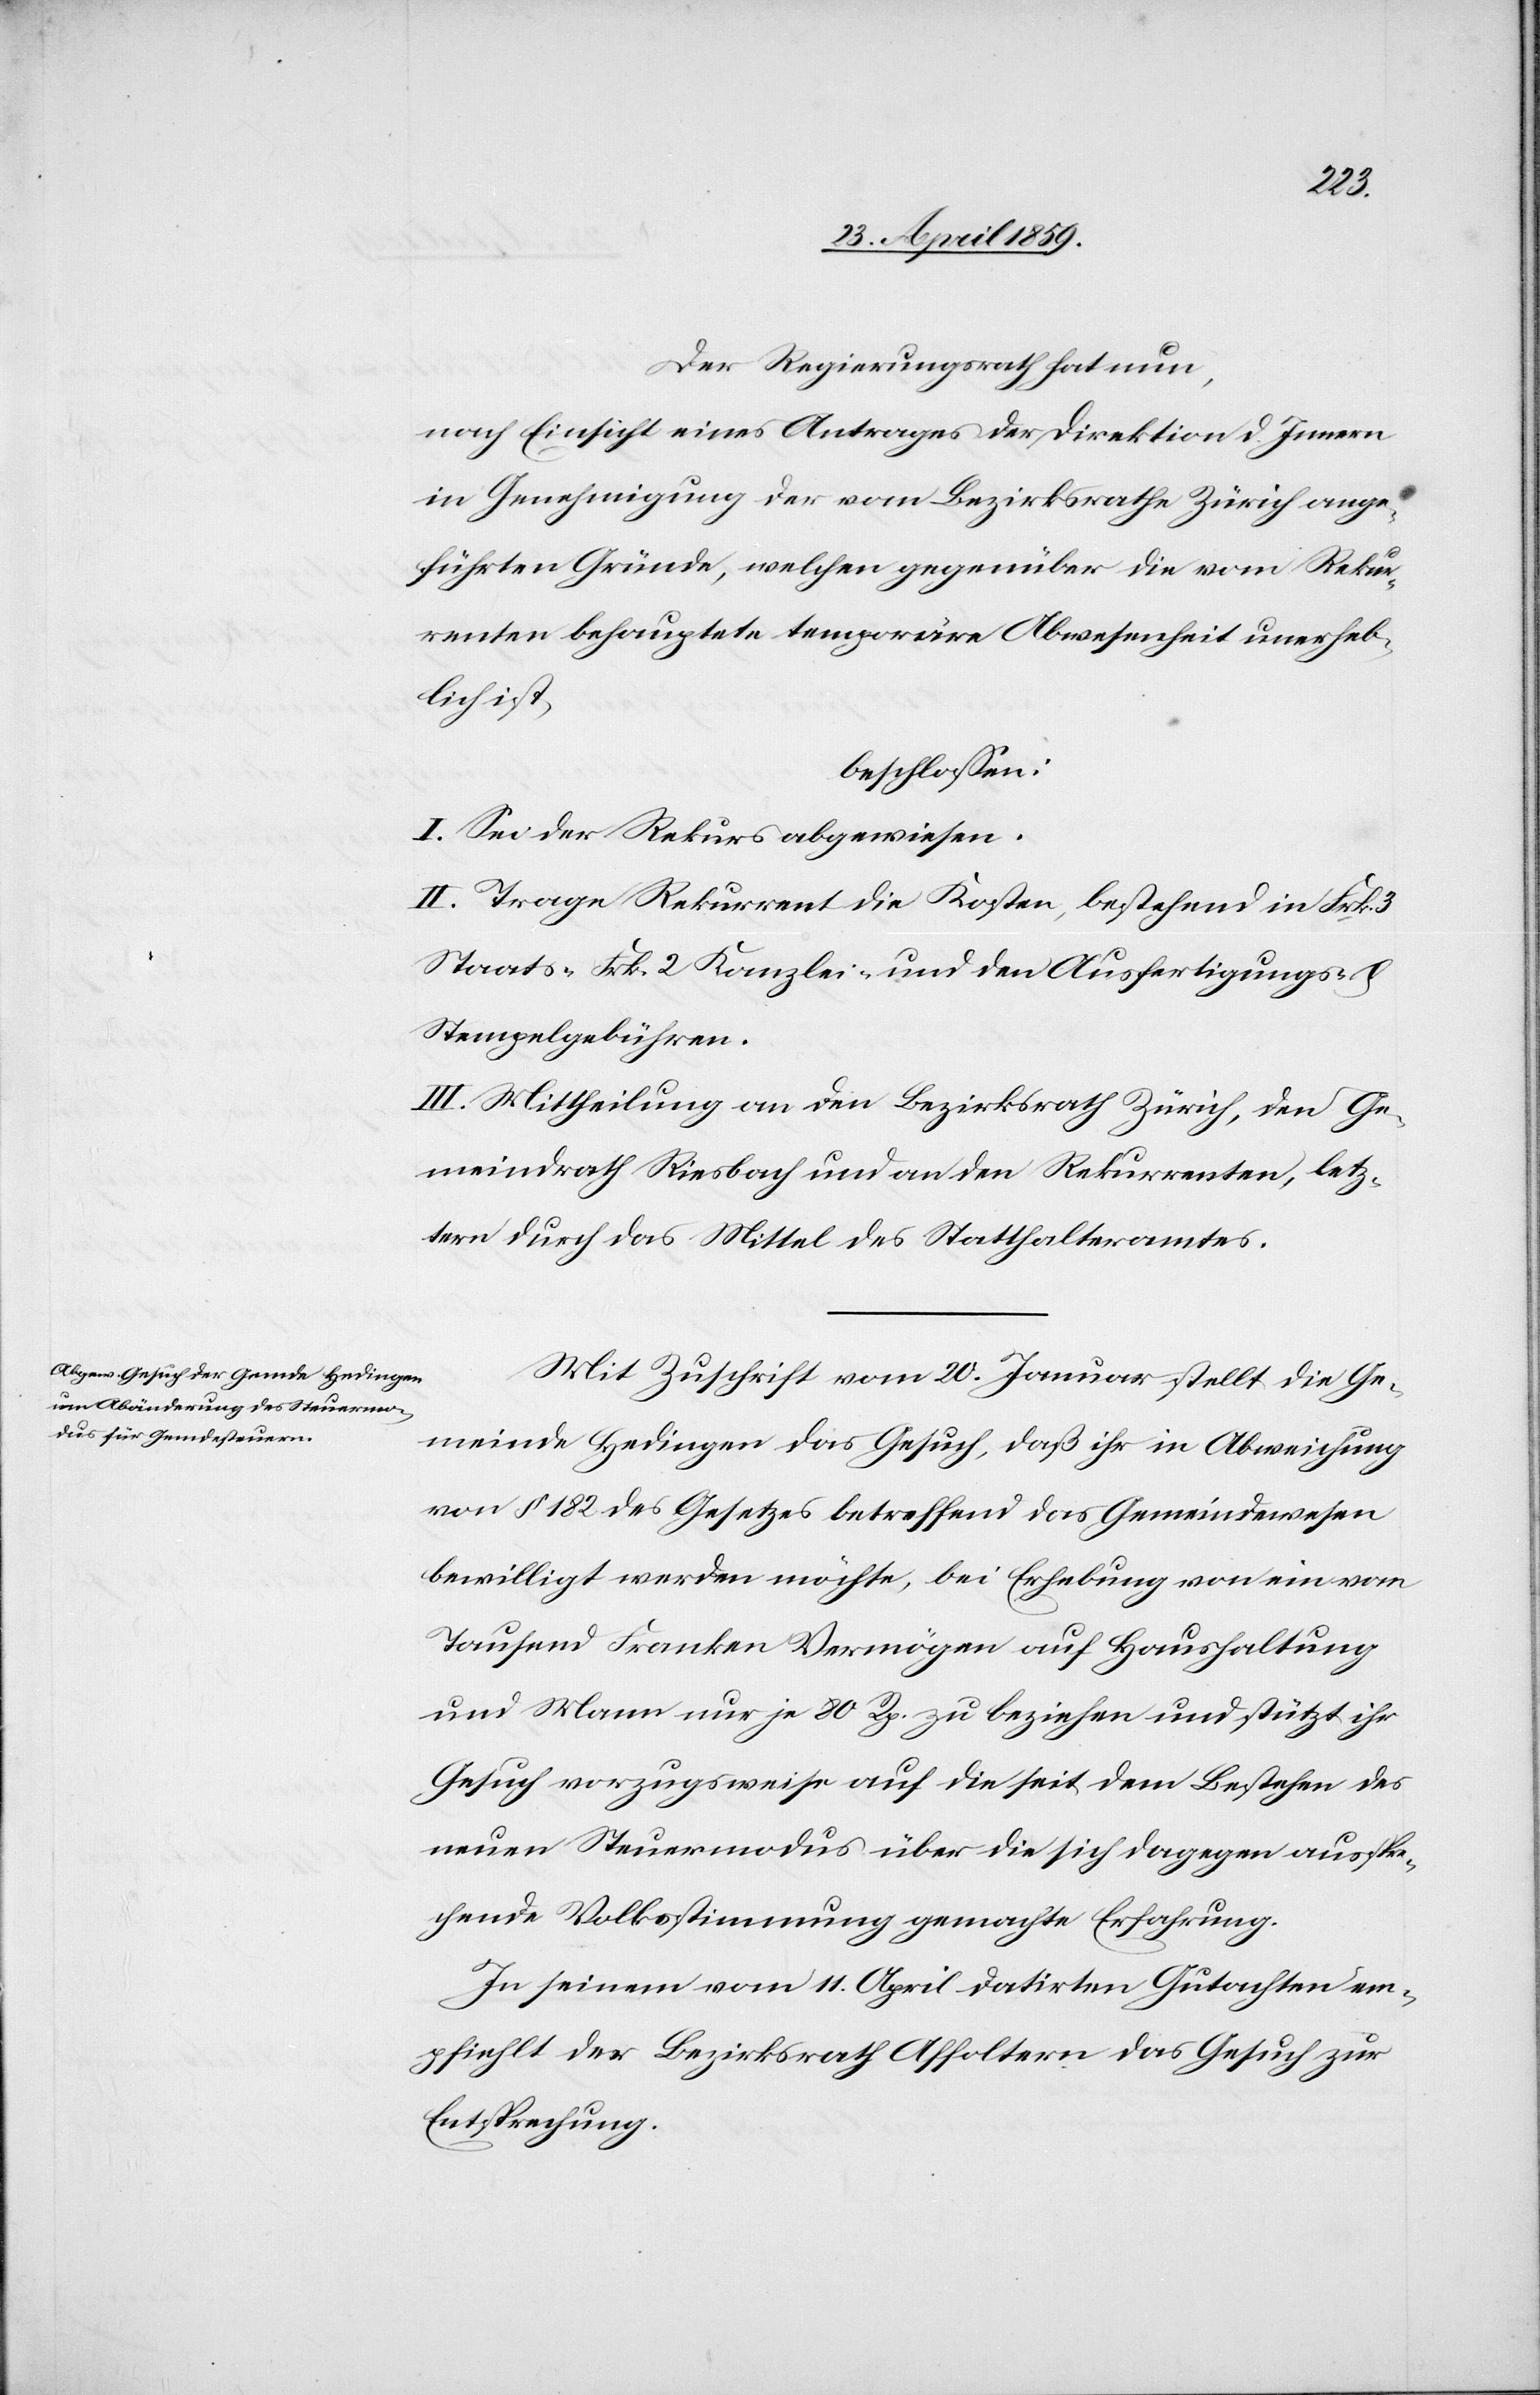
Der Regierungsrath hat nun,
nach Einsicht eines Antrages der Direktion d. Innern
in Genehmigung der vom Bezirksrathe Zürich ange¬
führten Gründe, welchen gegenüber die vom Rekur¬
renten behauptete temporäre Abwesenheit unerheb¬
lich ist,
beschloßen:
I. Sei der Rekurs abgewiesen.
II. Trage Rekurrent die Kosten, bestehend in Frk. 3
Staats-[,] Frk. 2 Kanzlei- und den Ausfertigungs- u.
Stempelgebühren.
III. Mittheilung an den Bezirksrath Zürich, den Ge¬
meindrath Riesbach und an den Rekurrenten, letz¬
tern durch das Mittel des Statthalteramtes.
Mit Zuschrift vom 20. Januar stellt die Ge¬
meinde Hedingen das Gesuch, daß ihr in Abweichung
von § 182 des Gesetzes betreffend das Gemeindewesen
bewilligt werden möchte, bei Erhebung von ein vom
Tausend Franken Vermögen auf Haushaltung
und Mann nur je 80 Rp. zu beziehen und stützt ihr
Gesuch vorzugsweise auf die seit dem Bestehen des
neuen Steuermodus über die sich dagegen ausspre¬
chende Volksstimmung gemachte Erfahrung.
In seinem vom 11. April datirten Gutachten em¬
pfiehlt der Bezirksrath Affoltern das Gesuch zur
Entsprechung.